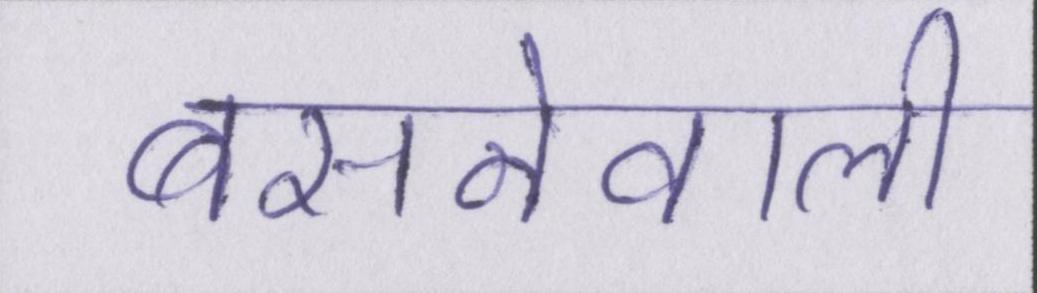
बसनेवाली